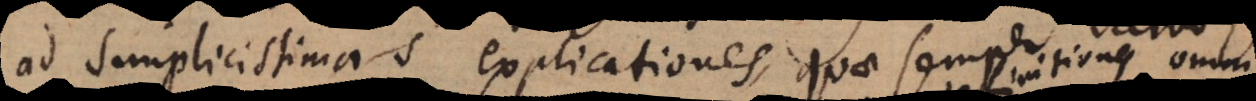
ad simplicissimas explicationes, quae semper salvo